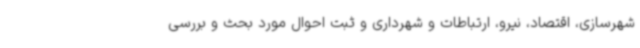
شهرسازی، اقتصاد، نیرو، ارتباطات و شهرداری و ثبت احوال مورد بحث و بررسی